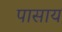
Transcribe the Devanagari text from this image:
पासाय